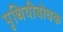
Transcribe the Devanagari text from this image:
पृथिवीबोधक